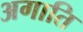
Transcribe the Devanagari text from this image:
अगाति